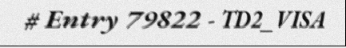
# Entry 79822 - TD2_VISA